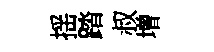
揺踏叔增